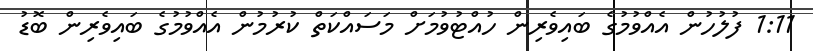
1:11 ފުލުހުން އެއްވުމުގެ ބައިވެރިން ހުއްޓުވުމަށް މަސައްކަތް ކުރުމުން އެއްވުމުގެ ބައިވެރިން ބޮޑު